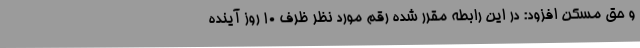
و حق مسکن افزود: در این رابطه مقرر شده رقم مورد نظر ظرف 10 روز آینده